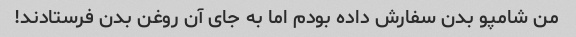
من شامپو بدن سفارش داده بودم اما به جای آن روغن بدن فرستادند!